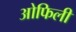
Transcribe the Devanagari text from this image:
ओफिली